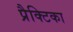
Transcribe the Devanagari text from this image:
प्रैक्टिका